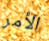
الأمر